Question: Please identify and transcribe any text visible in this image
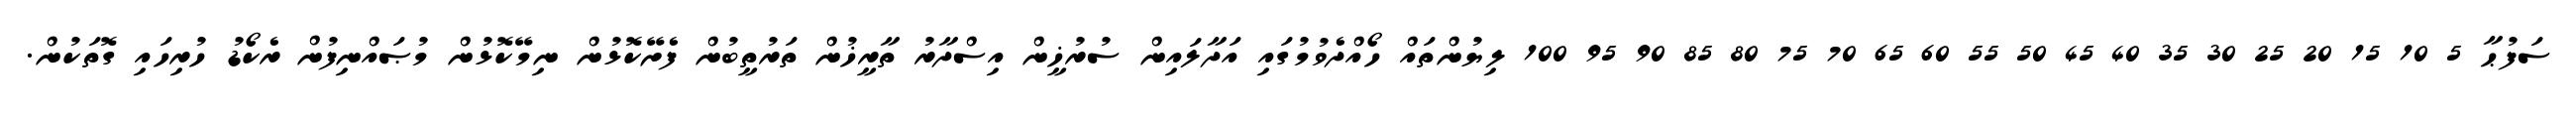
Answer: ސަފުޙާ 5 10 15 20 25 30 35 40 45 50 55 60 65 70 75 80 85 90 95 100 ލިޔުންތައް ހޯއްދެވުމުގައި އަދާލައިން ސުރުޚީން އިސްދާރު ތާރީޚުން ތަރުތީބުން ފެށޭކޮޅުން ނިމޭކޮޅުން މުޞައްނިފުން ރެކޯޑު ހުރިހައި ގޮތަކުން.